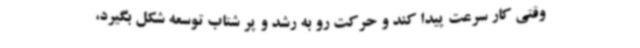
وقتی کار سرعت پیدا کند و حرکت رو به رشد و پر شتاب توسعه شکل بگیرد،